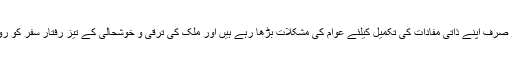
یہ عناصر صرف اور صرف اپنے ذاتی مفادات کی تکمیل کیلئے عوام کی مشکلات بڑھا رہے ہیں اور ملک کی ترقی و خوشحالی کے تیز رفتار سفر کو روکنے کے درپے ہیں۔